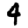
Digit: 4